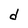
Character: d